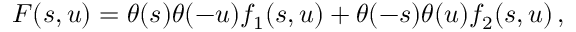
F ( s , u ) = \theta ( s ) \theta ( - u ) f _ { 1 } ( s , u ) + \theta ( - s ) \theta ( u ) f _ { 2 } ( s , u ) \, ,